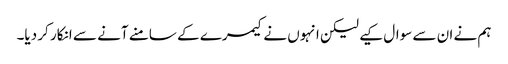
ہم نے ان سے سوال کیے لیکن انہوں نے کیمرے کے سامنے آنے سے انکار کر دیا۔